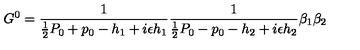
G ^ { 0 } = { \frac { 1 } { { \frac { 1 } { 2 } } P _ { 0 } + p _ { 0 } - h _ { 1 } + i \epsilon h _ { 1 } } } { \frac { 1 } { { \frac { 1 } { 2 } } P _ { 0 } - p _ { 0 } - h _ { 2 } + i \epsilon h _ { 2 } } } \beta _ { 1 } \beta _ { 2 }